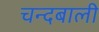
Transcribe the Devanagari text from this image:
चन्दबाली